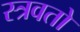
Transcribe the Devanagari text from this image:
स्त्रवतो